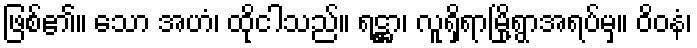
ဖြစ်၏။ သော အဟံ၊ ထိုငါသည်။ ရဋ္ဌာ၊ လူရှိရာမြို့ရွာအရပ်မှ။ ဝိဝနံ၊